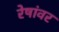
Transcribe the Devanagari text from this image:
रेषांवर